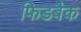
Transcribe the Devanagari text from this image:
फिडबैक